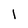
Character: 1